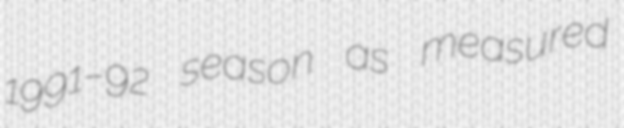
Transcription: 1991–92 season as measured